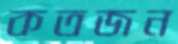
কতজন